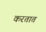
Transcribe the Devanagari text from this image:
करतात़